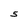
Character: S